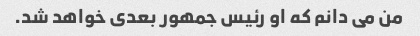
من می دانم که او رئیس جمهور بعدی خواهد شد.